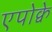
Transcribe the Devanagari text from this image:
एपोक्वे